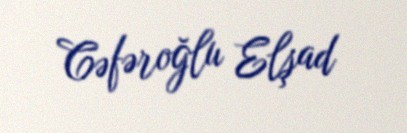
Cəfəroğlu Elşad